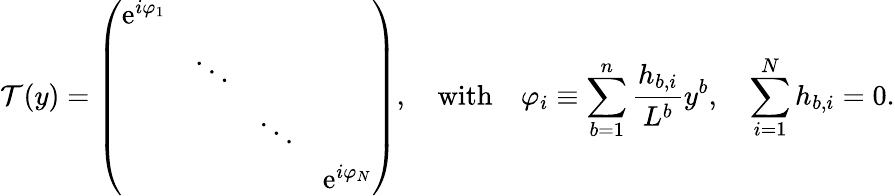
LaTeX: {\cal T}(y)=\left(\begin{array}{cccc}{{\mathrm{e}^{i\varphi_{1}}}}&{{}}&{{}}&{{}}\\ {{}}&{{\ddots}}&{{}}&{{}}\\ {{}}&{{}}&{{\ddots}}&{{}}\\ {{}}&{{}}&{{}}&{{\mathrm{e}^{i\varphi_{N}}}}\end{array}\right),\quad\mathrm{with}\quad\varphi_{i}\equiv\sum_{b=1}^{n}{\frac{h_{b,i}}{L^{b}}}y^{b},\quad\sum_{i=1}^{N}h_{b,i}=0.